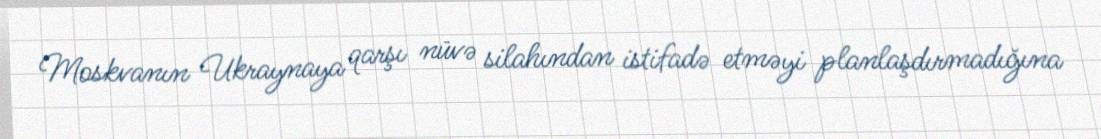
Moskvanın Ukraynaya qarşı nüvə silahından istifadə etməyi planlaşdırmadığına